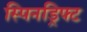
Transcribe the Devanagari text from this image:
स्पिनड्रिफ्ट